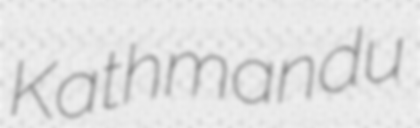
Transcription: Kathmandu